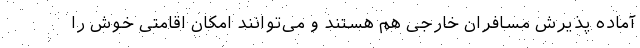
آماده پذیرش مسافران خارجی هم هستند و می‌توانند امکان اقامتی خوش را